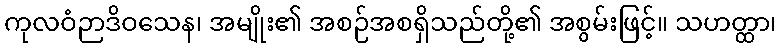
ကုလဝံဉာဒိဝသေန၊ အမျိုး၏ အစဉ်အစရှိသည်တို့၏ အစွမ်းဖြင့်။ သဟတ္ထာ၊